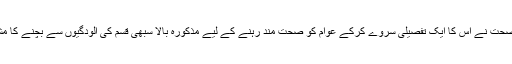
عالمی ادارۂ صحت نے اس کا ایک تفصیلی سروے کرکے عوام کو صحت مند رہنے کے لیے مذکورہ بالا سبھی قسم کی آلودگیوں سے بچنے کا مشورہ دیا ہے۔